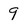
Character: 9